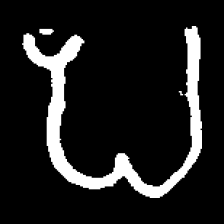
Pyu character \u2014 Myanmar letter: ပ (romanized: pa)